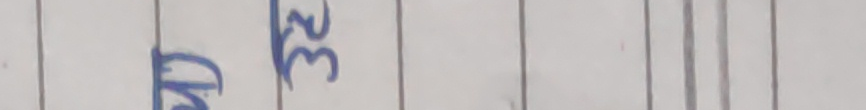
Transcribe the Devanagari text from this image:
वड ३२